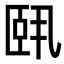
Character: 𬛣